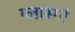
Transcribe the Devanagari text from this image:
ग्लास्गाॅ